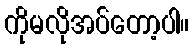
ကိုမလိုအပ်တော့ပါ။